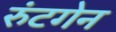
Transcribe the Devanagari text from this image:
रुंटगेन